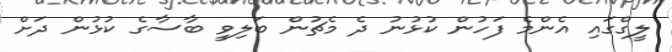
ލީގްގައި އެންމެ ފަހުން ކުޅުނު ދެ މެޗުން ބަލިވީ ބާސާގެ ކުޅުން ދަށް